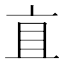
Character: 𬽈